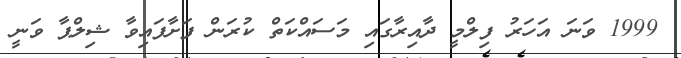
1999 ވަނަ އަހަރު ފިލްމީ ދާއިރާގައި މަސައްކަތް ކުރަން ފަށާފައިވާ ޝިލްޕާ ވަނީ